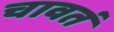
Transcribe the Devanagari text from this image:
चावतं